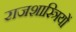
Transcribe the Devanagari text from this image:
राजशास्त्रियों